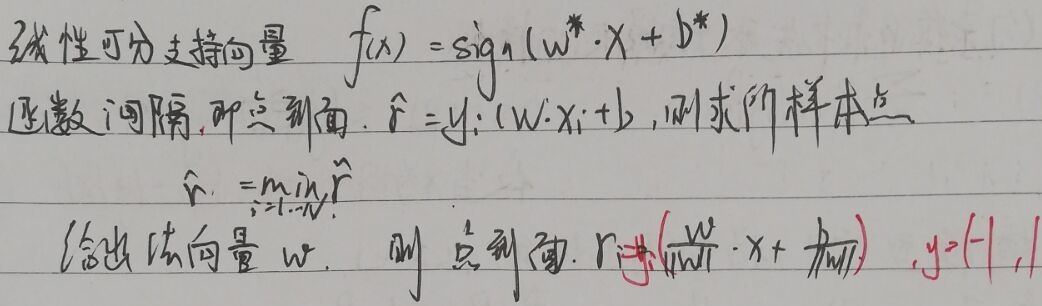
线性可分支持向量$f(x)=\text{sign}(w^{*}\cdot x + b^{*})$。函数间隔，即点到面，$\hat{r}_i = y_i(w\cdot x_i + b)$，则求所有样本点$\hat{r}=\min_{i = 1,\cdots,N}\hat{r}_i$。给出法向量$w$，则点到面$r = \frac{1}{\|w\|}(w\cdot x + b)$，$y = \{+ 1,-1\}$